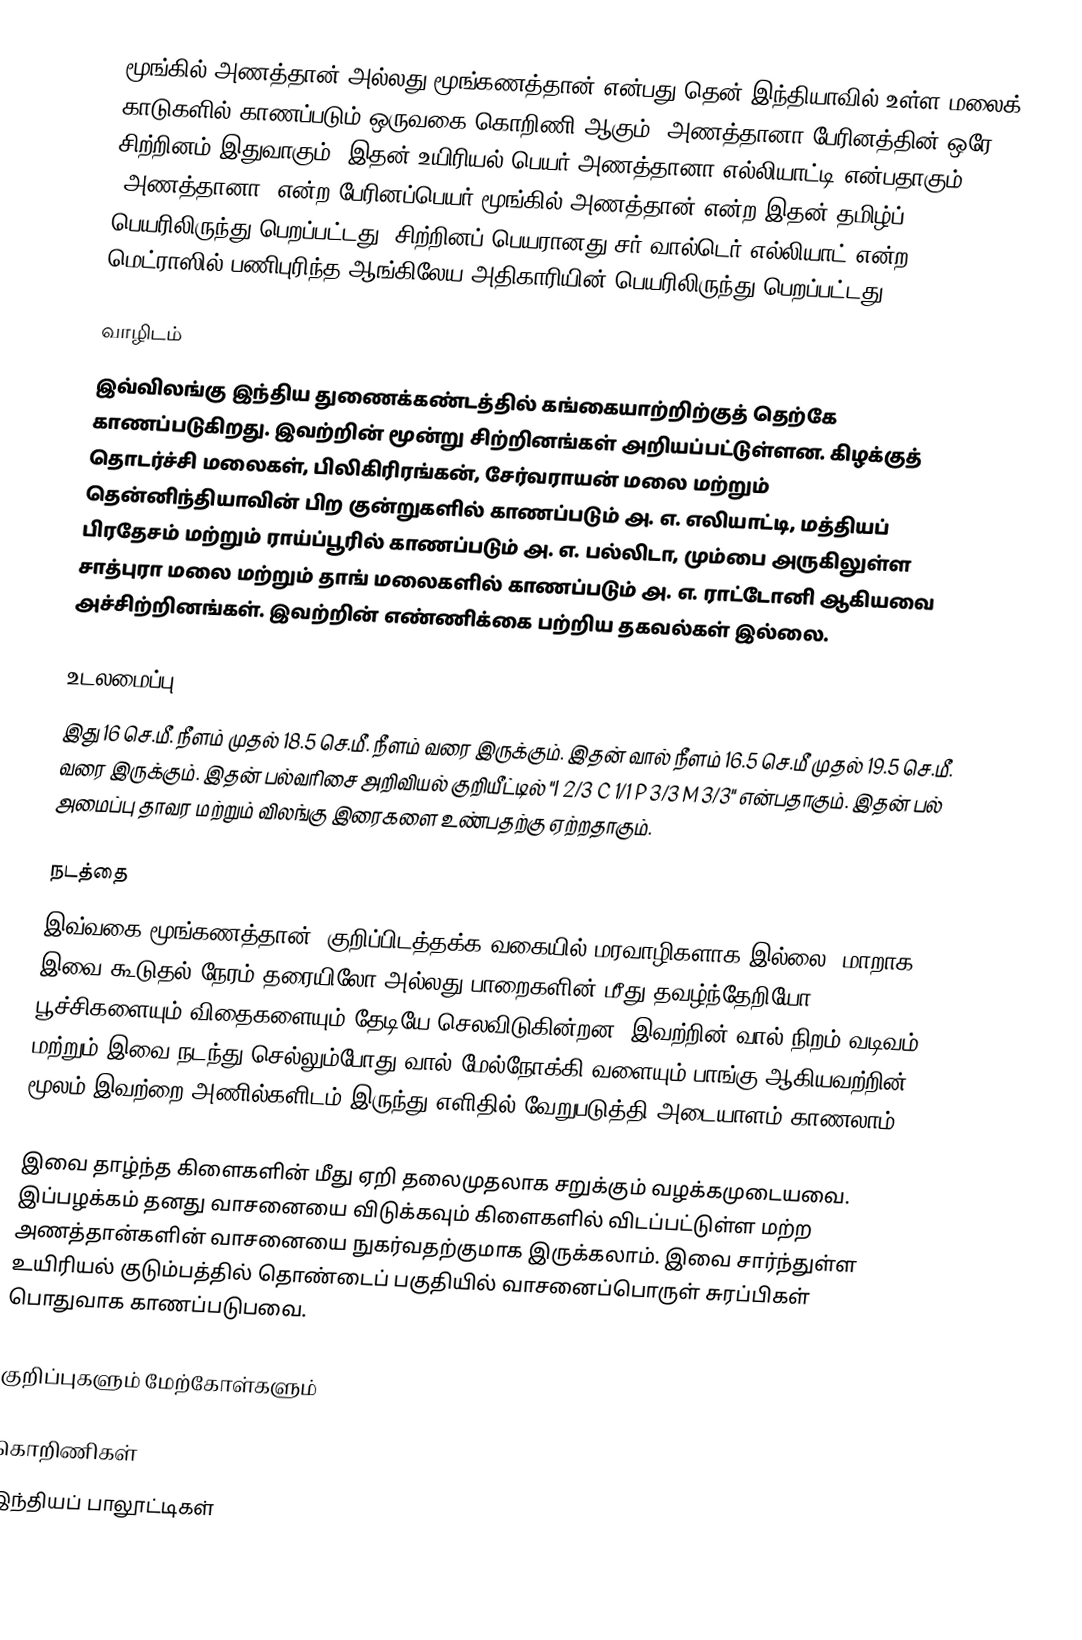
மூங்கில் அணத்தான் அல்லது மூங்கணத்தான் என்பது தென் இந்தியாவில் உள்ள மலைக் காடுகளில் காணப்படும் ஒருவகை கொறிணி ஆகும். அணத்தானா பேரினத்தின் ஒரே சிற்றினம் இதுவாகும். இதன் உயிரியல் பெயர் அணத்தானா எல்லியாட்டி என்பதாகும். "அணத்தானா" என்ற பேரினப்பெயர் மூங்கில் அணத்தான் என்ற இதன் தமிழ்ப் பெயரிலிருந்து பெறப்பட்டது. சிற்றினப் பெயரானது சர் வால்டெர் எல்லியாட் என்ற மெட்ராஸில் பணிபுரிந்த ஆங்கிலேய அதிகாரியின் பெயரிலிருந்து பெறப்பட்டது.

வாழிடம்
இவ்விலங்கு இந்திய துணைக்கண்டத்தில் கங்கையாற்றிற்குத் தெற்கே காணப்படுகிறது. இவற்றின் மூன்று சிற்றினங்கள் அறியப்பட்டுள்ளன. கிழக்குத் தொடர்ச்சி மலைகள், பிலிகிரிரங்கன், சேர்வராயன் மலை மற்றும் தென்னிந்தியாவின் பிற குன்றுகளில் காணப்படும் அ. எ. எலியாட்டி, மத்தியப் பிரதேசம் மற்றும் ராய்ப்பூரில் காணப்படும் அ. எ. பல்லிடா, மும்பை அருகிலுள்ள சாத்புரா மலை மற்றும் தாங் மலைகளில் காணப்படும் அ. எ. ராட்டோனி ஆகியவை அச்சிற்றினங்கள். இவற்றின் எண்ணிக்கை பற்றிய தகவல்கள் இல்லை.

உடலமைப்பு
இது 16 செ.மீ. நீளம் முதல் 18.5 செ.மீ. நீளம் வரை இருக்கும். இதன் வால் நீளம் 16.5 செ.மீ முதல் 19.5 செ.மீ. வரை இருக்கும். இதன் பல்வரிசை அறிவியல் குறியீட்டில் "I 2/3 C 1/1 P 3/3 M 3/3" என்பதாகும். இதன் பல் அமைப்பு தாவர மற்றும் விலங்கு இரைகளை உண்பதற்கு ஏற்றதாகும்.

நடத்தை
இவ்வகை மூங்கணத்தான், குறிப்பிடத்தக்க வகையில் மரவாழிகளாக இல்லை. மாறாக இவை கூடுதல் நேரம் தரையிலோ அல்லது பாறைகளின் மீது தவழ்ந்தேறியோ பூச்சிகளையும் விதைகளையும் தேடியே செலவிடுகின்றன. இவற்றின் வால் நிறம் வடிவம் மற்றும் இவை நடந்து செல்லும்போது வால் மேல்நோக்கி வளையும் பாங்கு ஆகியவற்றின் மூலம் இவற்றை அணில்களிடம் இருந்து எளிதில் வேறுபடுத்தி அடையாளம் காணலாம்.

இவை தாழ்ந்த கிளைகளின் மீது ஏறி தலைமுதலாக சறுக்கும் வழக்கமுடையவை. இப்பழக்கம் தனது வாசனையை விடுக்கவும் கிளைகளில் விடப்பட்டுள்ள மற்ற அணத்தான்களின் வாசனையை நுகர்வதற்குமாக இருக்கலாம். இவை சார்ந்துள்ள உயிரியல் குடும்பத்தில் தொண்டைப் பகுதியில் வாசனைப்பொருள் சுரப்பிகள் பொதுவாக காணப்படுபவை.

குறிப்புகளும் மேற்கோள்களும்

கொறிணிகள்
இந்தியப் பாலூட்டிகள்